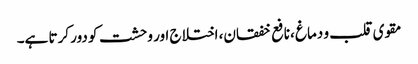
مقوی قلب و دماغ ،نافع خفقان، اختلاج اور وحشت کو دور کرتا ہے۔